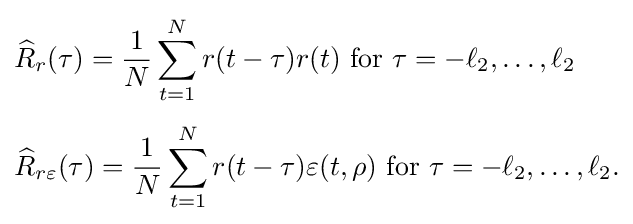
{\begin{aligned}&{\widehat {R}}_{r}(\tau )={\frac {1}{N}}\sum _{t=1}^{N}r(t-\tau )r(t){\text{ for }}\tau =-\ell _{2},\ldots ,\ell _{2}\\[4pt]&{\widehat {R}}_{r\varepsilon }(\tau )={\frac {1}{N}}\sum _{t=1}^{N}r(t-\tau )\varepsilon (t,\rho ){\text{ for }}\tau =-\ell _{2},\ldots ,\ell _{2}.\end{aligned}}